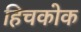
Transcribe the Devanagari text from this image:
हिचकोक